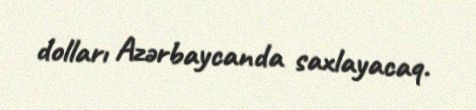
dolları Azərbaycanda saxlayacaq.